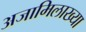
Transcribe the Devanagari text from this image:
अजामिलाख्या